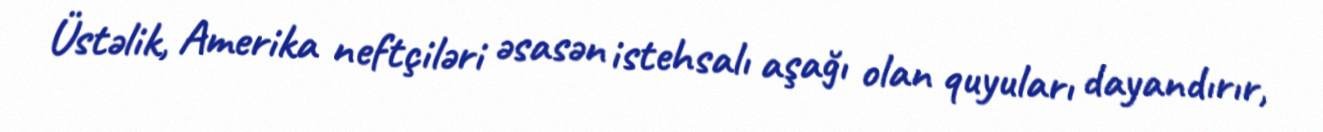
Üstəlik, Amerika neftçiləri əsasən istehsalı aşağı olan quyuları dayandırır,